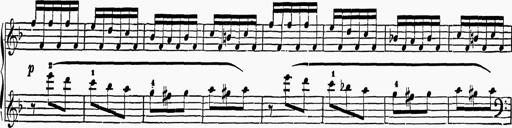
Title: 6 Sonatas
Composer: Muzio Clementi